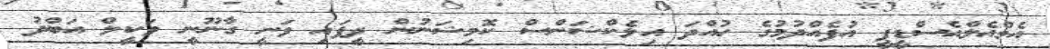
އެމްއެލްއެސްޑީޕީ އުފެއްދުމުގެ ހުއްދަ އިލެކްޝަންސް ކޮމިޝަނުން ދީފައި ވަނީ ގާނޫނީ ވަކީލް އަބްދު